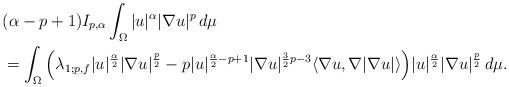
LaTeX: \begin{align*}&(\alpha-p+1)I_{p,\alpha}\int_{\Omega} |u|^{\alpha}|\nabla u|^{p}\,d\mu\\&=\int_{\Omega} \Big(\lambda_{1;p,f}|u|^{\frac{\alpha}{2}}|\nabla u|^{\frac{p}{2}}-p|u|^{\frac{\alpha}{2}-p+1}|\nabla u|^{\frac{3}{2}p-3}\langle\nabla u,\nabla|\nabla u|\rangle\Big)|u|^{\frac{\alpha}{2}}|\nabla u|^{\frac{p}{2}}\,d\mu.\end{align*}